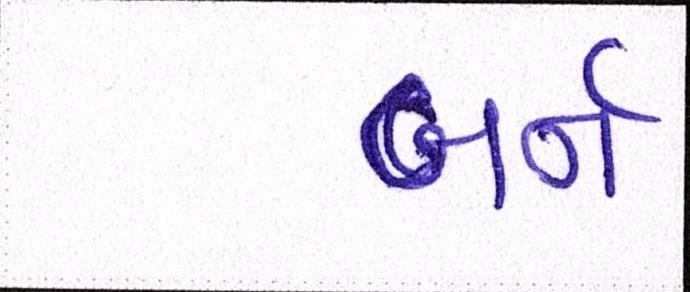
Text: બર્ન